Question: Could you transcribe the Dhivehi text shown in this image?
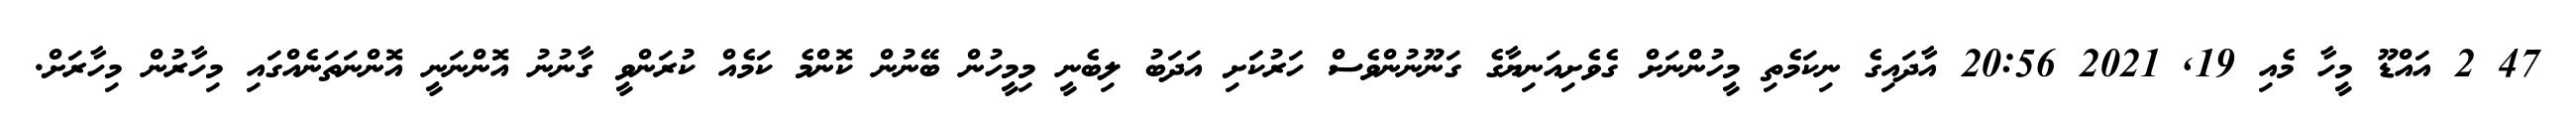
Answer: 47 2 އައްޑޫ މީހާ މެއި 19, 2021 20:56 އާދައިގެ ނިކަމެތި މީހުންނަށް ގެވެށިއަނިޔާގެ ގަނޫނުންވެސް ހަރުކަަށި އަދަބު ލިބެނީ މިމީހުން ބޭނުން ކޮންމެ ކަމެއް ކުރަންވީ ގާނުނު އޮންނަނީ އޮންނަތަނެއްގައި މިހާރުން މިހާރަށް.